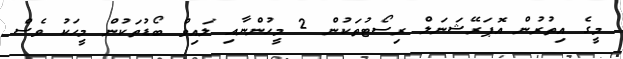
މީގެ އިތުރުން އޮޕަރޭޝަނަލް ރިސޯޓުތަކުން 2 މީހުންނާއި ލައިވް ބޯޑުތަކުން މީހަކު ވެސް